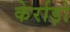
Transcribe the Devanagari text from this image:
केर्राड़ो